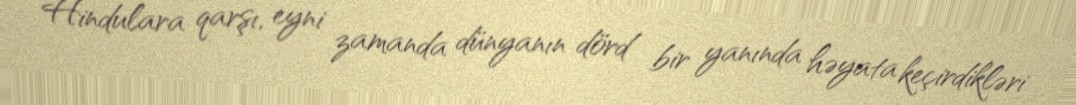
Hindulara qarşı, eyni zamanda dünyanın dörd bir yanında həyata keçirdikləri